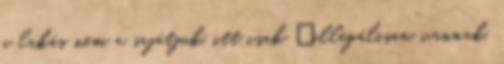
a lakás nem a sajátjuk, itt csak „illegálisan” vannak,